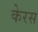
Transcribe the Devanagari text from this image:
केरस